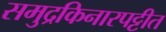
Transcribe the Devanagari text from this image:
समुद्रकिनारपट्टीत